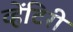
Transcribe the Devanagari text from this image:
व्हेंटिरी